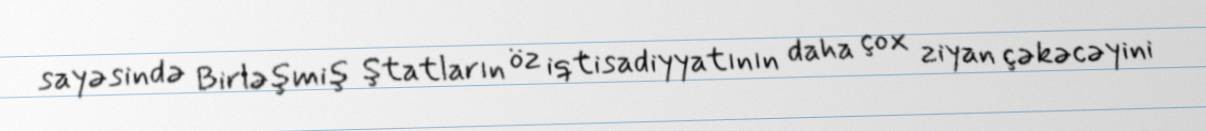
sayəsində Birləşmiş Ştatların öz iqtisadiyyatının daha çox ziyan çəkəcəyini